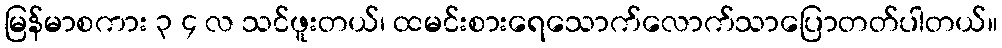
မြန်မာစကား ၃ ၄ လ သင်ဖူးတယ်၊ ထမင်းစားရေသောက်လောက်သာပြောတတ်ပါတယ်။